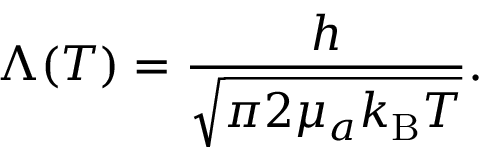
\Lambda ( T ) = \frac { h } { \sqrt { \pi 2 \mu _ { a } k _ { \mathrm { B } } T } } .